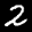
Label: 2